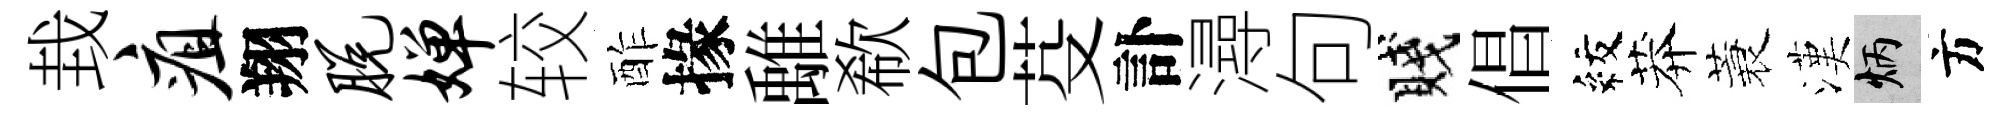
㘽疽翔脱婵较酢掾𩀌欷包芟訃潯句賤倡紋莽蓑漢炳方